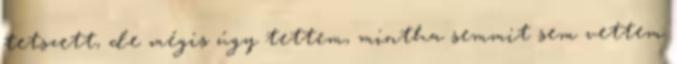
tetszett, de mégis úgy tettem, mintha semmit sem vettem